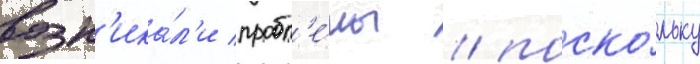
возн'ика́л'и пробл'е́мы / поско́льку